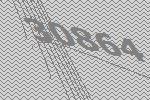
30864